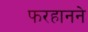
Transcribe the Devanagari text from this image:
फरहानने